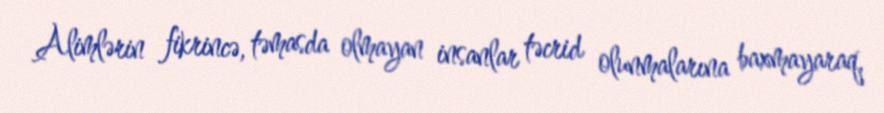
Alimlərin fikrincə, təmasda olmayan insanlar təcrid olunmalarına baxmayaraq,